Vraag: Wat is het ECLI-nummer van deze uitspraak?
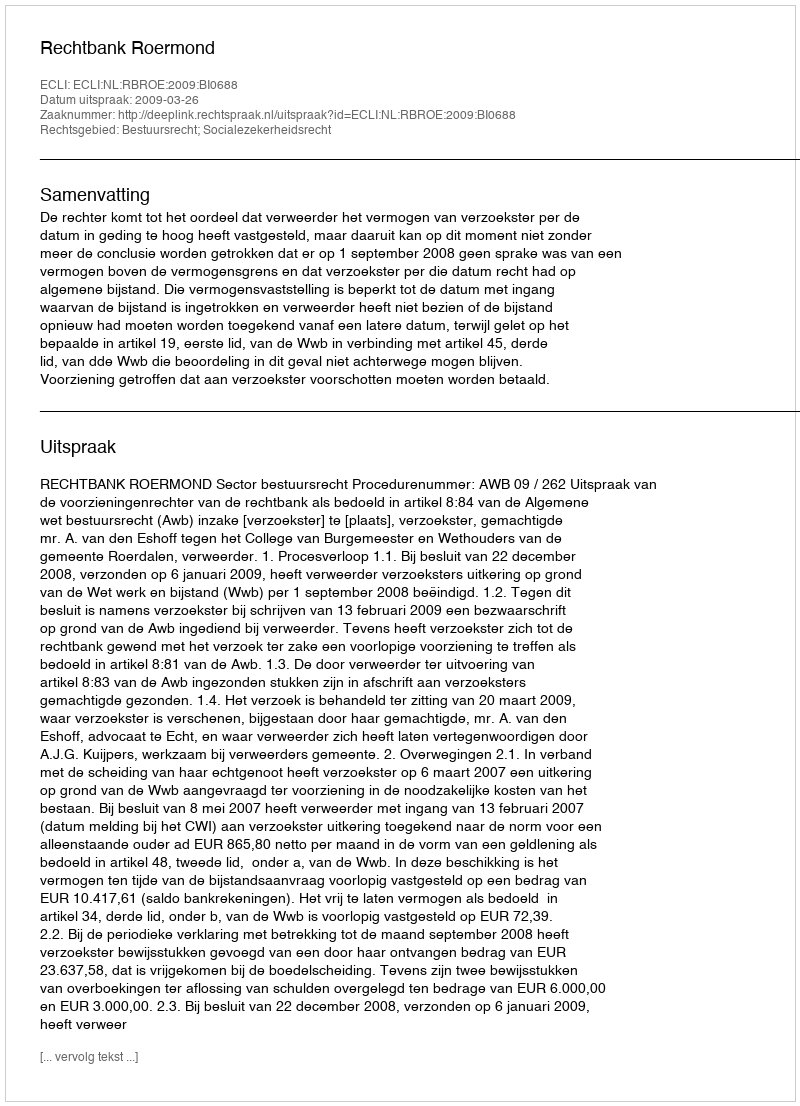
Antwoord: ECLI:NL:RBROE:2009:BI0688